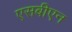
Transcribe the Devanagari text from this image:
एसबीएन